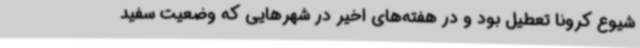
شیوع کرونا تعطیل بود و در هفته‌های اخیر در شهرهایی که وضعیت سفید